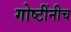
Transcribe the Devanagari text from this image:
गोष्टींनीच